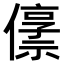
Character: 𫣬